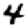
Digit: 4